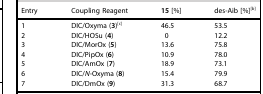
| Entry | Coupling Reagent | 15 [%] | des-Aib [%][b] |
 | --- | --- | --- | --- |
 | 1 | DIC/Oxyma (3)[c] | 46.5 | 53.5 |
 | 2 | DIC/HOSu (4) | 0 | 12.2 |
 | 3 | DIC/MorOx (5) | 13.6 | 75.8 |
 | 4 | DIC/PipOx (6) | 10.9 | 78.0 |
 | 5 | DIC/AmOx (7) | 18.9 | 73.1 |
 | 6 | DIC/N-Oxyma (8) | 15.4 | 79.9 |
 | 7 | DIC/DmOx (9) | 31.3 | 68.7 |